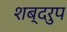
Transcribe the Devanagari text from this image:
शब्दरुप